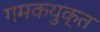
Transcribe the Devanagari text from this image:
गमकयुक्त